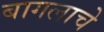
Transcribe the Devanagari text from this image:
बागलाचे